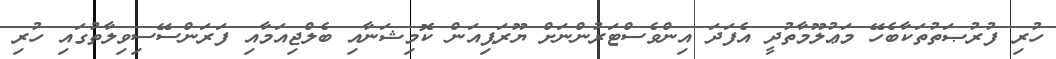
ހުރި ފުރުޞަތުތަކާބެހޭ މަޢުލޫމާތުދީ އެފަދަ އިންވެސްޓަރުންނަށް ޔޫރަޕިއަން ކޮމިޝަނާއި ބެލްޖިއަމާއި ފަރަންސޭސިވިލާތުގައި ހުރި